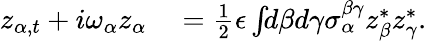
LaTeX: \begin{array}{rl}{z_{\alpha,t}+i\omega_{\alpha}z_{\alpha}}&{{}=\frac{1}{2}\epsilon\int\! \! d\beta d\gamma\sigma_{\alpha}^{\beta\gamma}z_{\beta}^{*}z_{\gamma}^{*}.}\end{array}